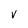
Character: V